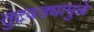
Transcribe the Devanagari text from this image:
तुटवड्यामुळे